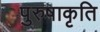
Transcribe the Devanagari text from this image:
पुरुषाकृति